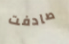
صادفت